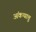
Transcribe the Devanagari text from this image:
अंकथात्तु